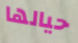
حيالها